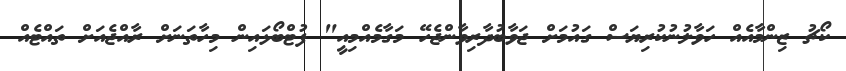
ކޯޗު ޒިންމާއެއް ހަވާލުނުކުރިޔަސް ގައުމަށް ޖަވާބުދާރިވާންޖެހޭ މަގާމެއްމިއީ" ފުޓްބޯޅައިން މިހާތަނަށް ރާއްޖެއަށް ތައްޓެއް